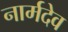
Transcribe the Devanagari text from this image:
नार्मदेव